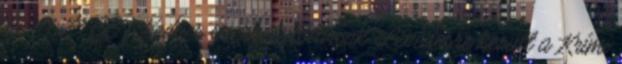
19., 11:23 CET Kedves szerkesztőtársak Levédésre került a Krími